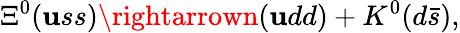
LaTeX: \Xi^{0}(\mathbf{u}ss)\rightarrown(\mathbf{u}dd)+K^{0}(d\bar{{s}}),